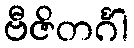
ဗီဇိတင်္ဂါ